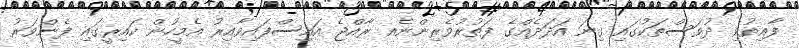
ފާއިތުވި ދުވަސްތަކުގައި ގިނަ އަދަދެއްގެ ފަތުރުވެރިންނެއ ރާއްޖެ އައިސްފައިވާއިރު އެމީހުން ކައިރީގައި ފެންވަރު